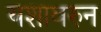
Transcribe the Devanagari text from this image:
यशावरुन